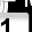
Digit: 1